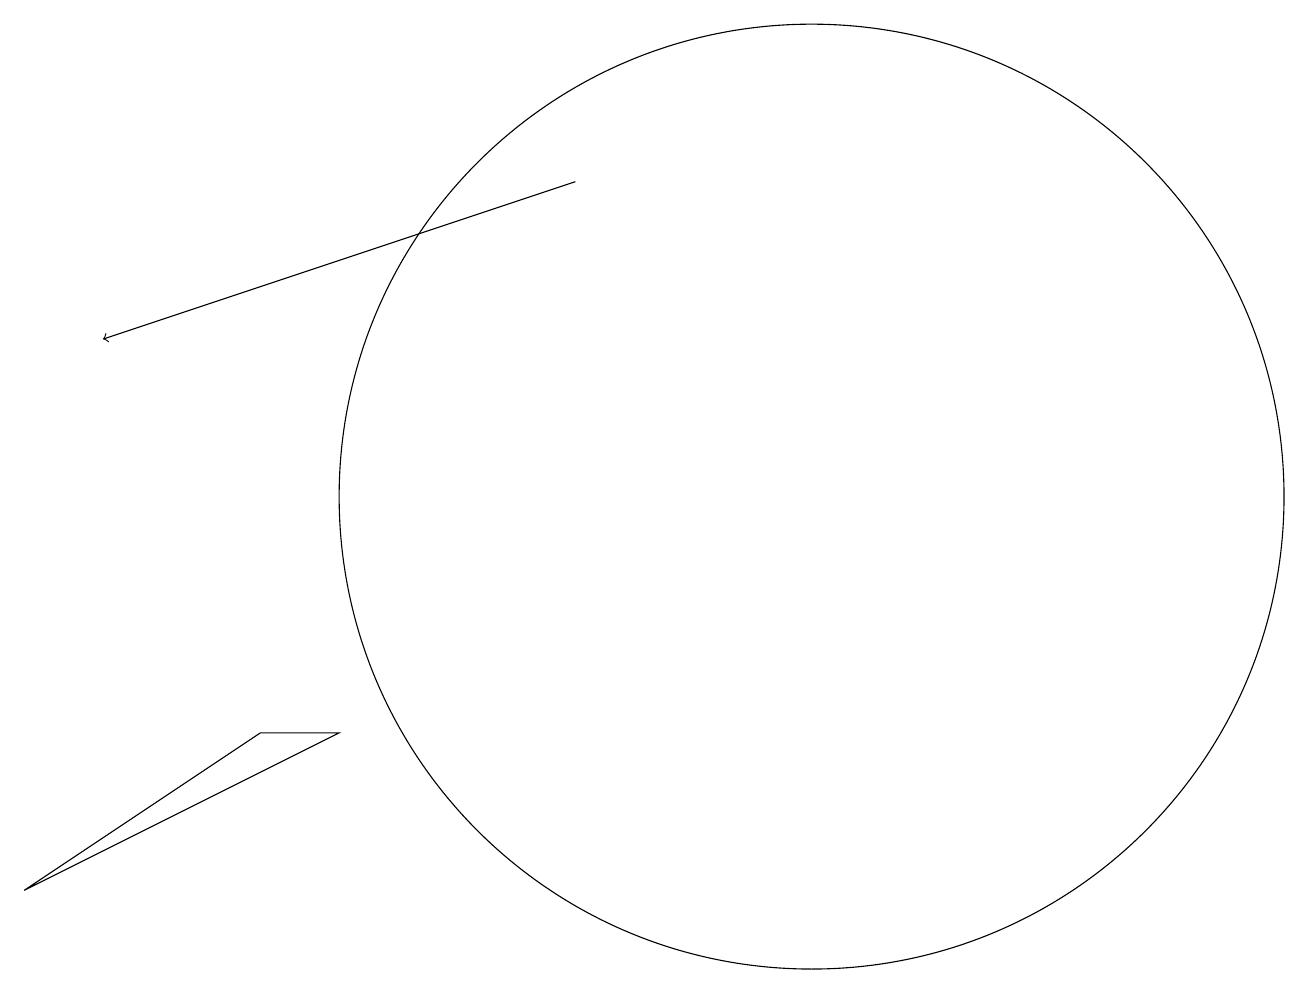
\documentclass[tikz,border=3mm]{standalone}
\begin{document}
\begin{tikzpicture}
\draw (10,10) circle (6);
\draw[->] (7,14) -- (1,12);
\draw (0,5) -- (4,7) -- (3,7) -- cycle;
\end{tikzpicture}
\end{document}